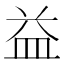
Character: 益